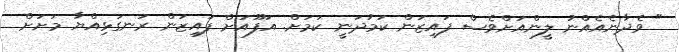
" ވެދާނެއެއްނު ލީންއަށްވެސް ފައިޒަން ކަމުދަނީ ކަމަށް. އަފޫއަށް ފައިޒަން ރަނގަޅިއްޔާ މަށަށް